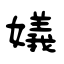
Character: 嬟